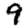
Digit: 9